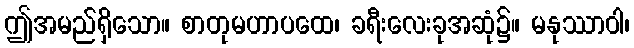
ဤအမည်ရှိသော။ စာတုမဟာပထေ၊ ခရီးလေးခုအဆုံ၌။ မနုဿာဝါ၊